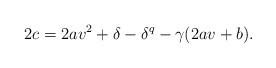
LaTeX: \begin{align*}2c=2av^2+\delta-\delta^q-\gamma(2av+b).\end{align*}